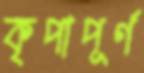
কৃপাপূর্ণ